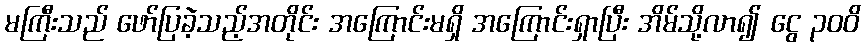
မကြီးသည် ဖော်ပြခဲ့သည့်အတိုင်း အကြောင်းမရှိ အကြောင်းရှာပြီး အိမ်သို့လာ၍ ငွေ ၃၀၀ိ